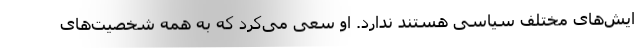
ایش‌های مختلف سیاسی هستند ندارد. او سعی می‌کرد که به همه شخصیت‌های